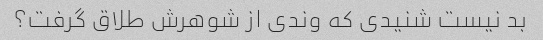
بد نیست شنیدی که وندی از شوهرش طلاق گرفت؟